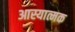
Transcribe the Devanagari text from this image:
आस्यात्मक